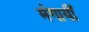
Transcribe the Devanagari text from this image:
मंगायीं